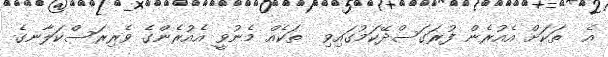
އެ  ތަކަށް އެއުރެން ފުރަގަސްދޭކަމުގައިވި  ތަކެއް މެނުވީ އެއުރެންގެ ވެރިރަސްކަލާނގެ